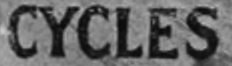
CYCLES